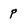
Character: p